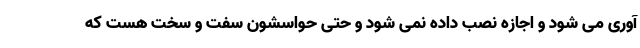
آوری می شود و اجازه نصب داده نمی شود و حتی حواسشون سفت و سخت هست که